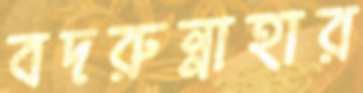
বদরুন্নাহার